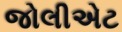
જોલીએટ